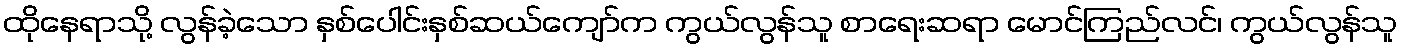
ထိုနေရာသို့ လွန်ခဲ့သော နှစ်ပေါင်းနှစ်ဆယ်ကျော်က ကွယ်လွန်သူ စာရေးဆရာ မောင်ကြည်လင်၊ ကွယ်လွန်သူ